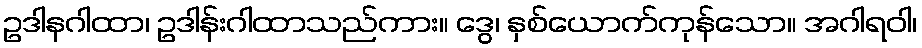
ဥဒါနဂါထာ၊ ဥဒါန်းဂါထာသည်ကား။ ဒွေ၊ နှစ်ယောက်ကုန်သော။ အဂါရဝါ၊